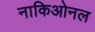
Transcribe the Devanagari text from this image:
नाकिओनल